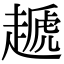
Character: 䞾